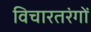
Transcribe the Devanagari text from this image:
विचारतरंगों